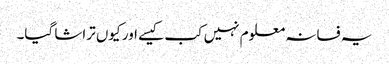
یہ فسانہ معلوم نہیں کب کیسے اور کیوں تراشا گیا۔